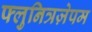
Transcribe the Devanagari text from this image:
फ्लुनित्रज़ेपम